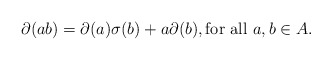
\begin{align*}\partial(ab) = \partial(a)\sigma(b) + a\partial(b), \mbox{for all $a,b\in A$.}\end{align*}